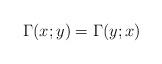
LaTeX: \begin{align*} \Gamma(x;y)=\Gamma(y;x) \end{align*}